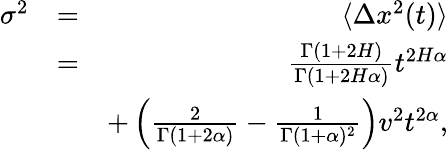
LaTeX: \begin{array}{rlr}{\sigma^{2}}&{=}&{\langle\Delta x^{2}(t)\rangle}\\ &{=}&{\frac{\Gamma(1+2H)}{\Gamma(1+2H\alpha)}t^{2H\alpha}}\\ &{}&{+\left(\frac{2}{\Gamma(1+2\alpha)}-\frac{1}{\Gamma(1+\alpha)^{2}}\right)v^{2}t^{2\alpha},}\end{array}